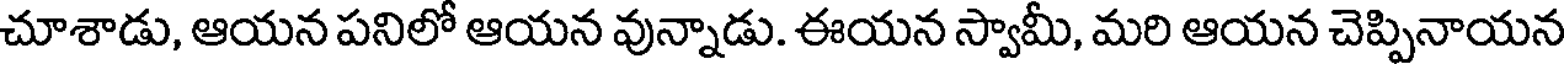
చూశాడు, ఆయన పనిలో ఆయన వున్నాడు. ఈయన స్వామీ, మరి ఆయన చెప్పినాయన